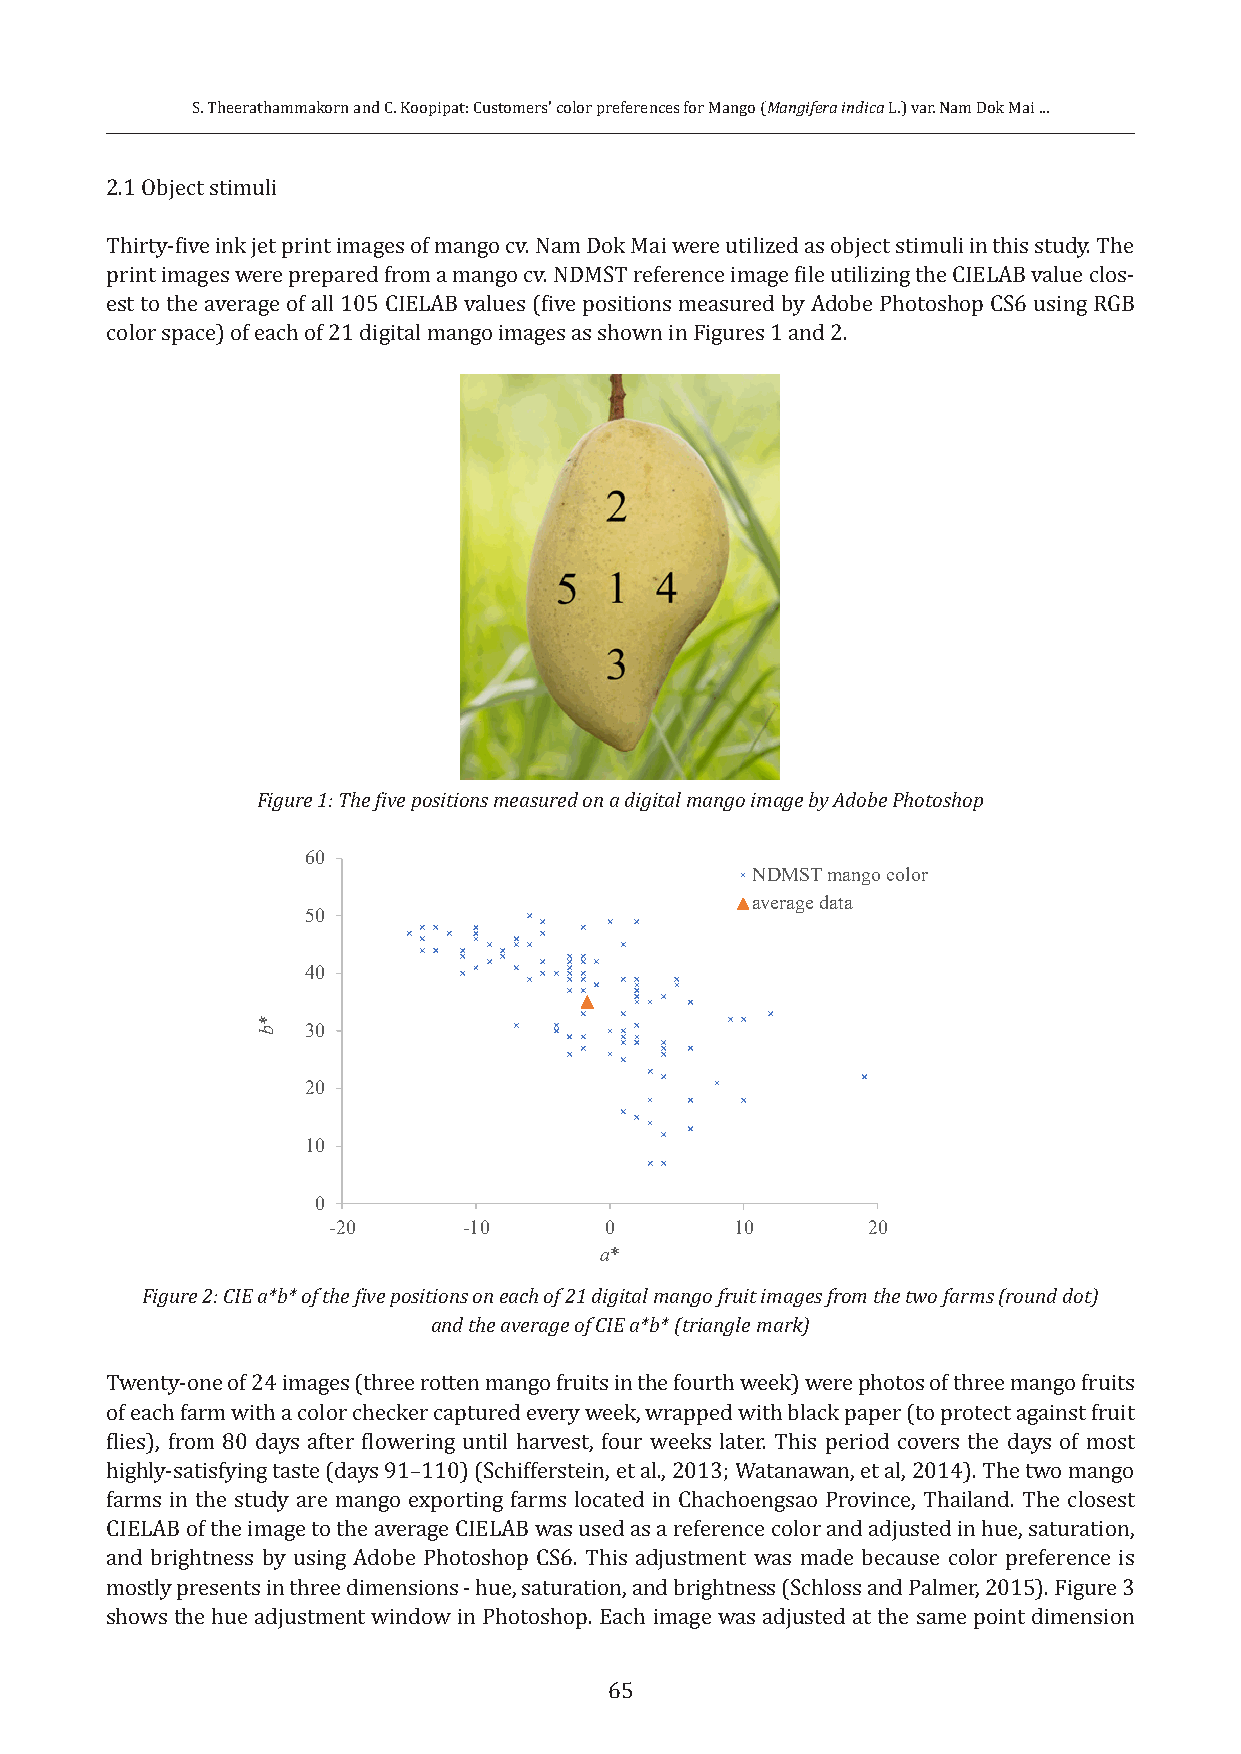
S. Theerathammakorn and C. Koopipat: Customers’ color preferences for Mango (Mangifera indica L.) var. Nam Dok Mai ...
 2.1 Object stimuli
 Thirty-five ink jet print images of mango cv. Nam Dok Mai were utilized as object stimuli in this study. The
 print images were prepared from a mango cv. NDMST reference image file utilizing the CIELAB value clos-
 est to the average of all 105 CIELAB values (five positions measured by Adobe Photoshop CS6 using RGB
 color space) of each of 21 digital mango images as shown in Figures 1 and 2.
 Figure 1: The five positions measured on a digital mango image by Adobe Photoshop
 60
 NDMST mango color
 average data
 50
 40
 30
 20
 10
 0
 -20      -10      0        10      20
 a*
 Figure 2: CIE a*b* of the five positions on each of 21 digital mango fruit images from the two farms (round dot)
 and the average of CIE a*b* (triangle mark)
 Twenty-one of 24 images (three rotten mango fruits in the fourth week) were photos of three mango fruits
 of each farm with a color checker captured every week, wrapped with black paper (to protect against fruit
 flies), from 80 days after flowering until harvest, four weeks later. This period covers the days of most
 highly-satisfying taste (days 91–110) (Schifferstein, et al., 2013; Watanawan, et al, 2014). The two mango
 farms in the study are mango exporting farms located in Chachoengsao Province, Thailand. The closest
 CIELAB of the image to the average CIELAB was used as a reference color and adjusted in hue, saturation,
 and brightness by using Adobe Photoshop CS6. This adjustment was made because color preference is
 mostly presents in three dimensions - hue, saturation, and brightness (Schloss and Palmer, 2015). Figure 3
 shows the hue adjustment window in Photoshop. Each image was adjusted at the same point dimension
 65
 *b